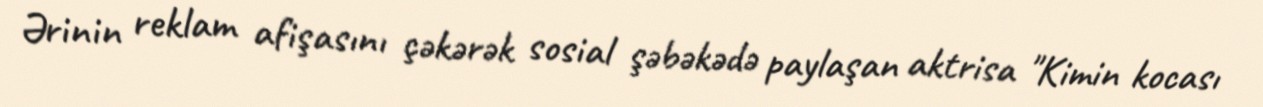
Ərinin reklam afişasını çəkərək sosial şəbəkədə paylaşan aktrisa "Kimin kocası